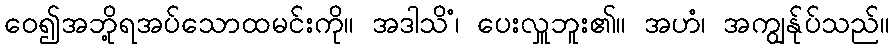
ဝေ၍အဘို့ရအပ်သောထမင်းကို။ အဒါသိံ၊ ပေးလှူဘူး၏။ အဟံ၊ အကျွန်ုပ်သည်။